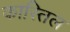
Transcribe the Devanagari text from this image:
कास्तिल